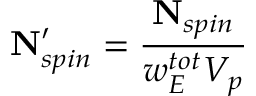
\mathbf { N } _ { s p i n } ^ { \prime } = \frac { \mathbf { N } _ { s p i n } } { w _ { E } ^ { t o t } V _ { p } }